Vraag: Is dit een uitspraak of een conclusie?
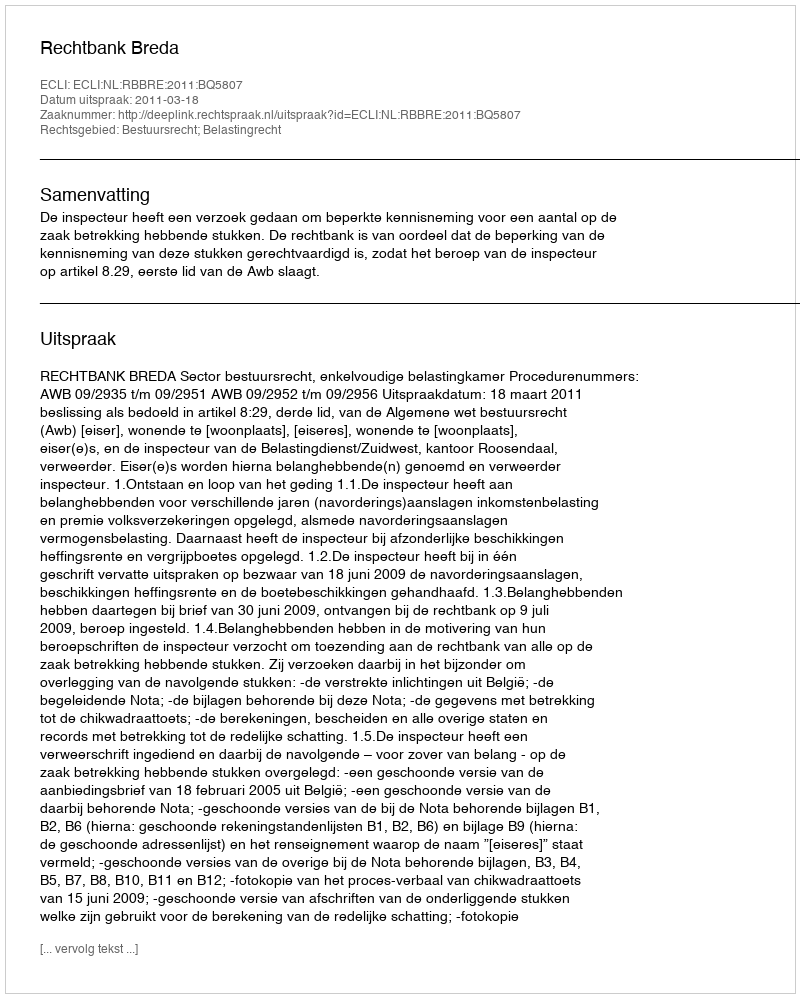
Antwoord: Uitspraak